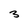
Character: 3